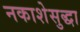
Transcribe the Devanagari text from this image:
नकाशेसुद्धा